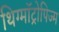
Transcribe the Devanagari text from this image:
थिग्मॉट्रोपिज्म